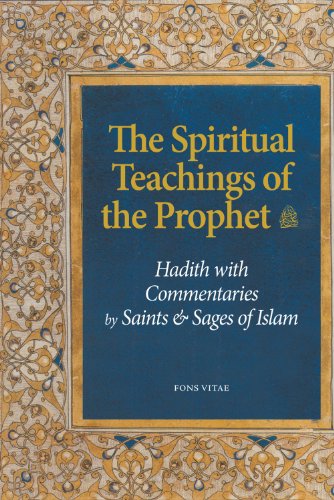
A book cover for The Spiritual Teachings of the Prophet: Hadith with Commentaries by Saints and Sages of Islam; Tayeb Chouiref; Religion & Spirituality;